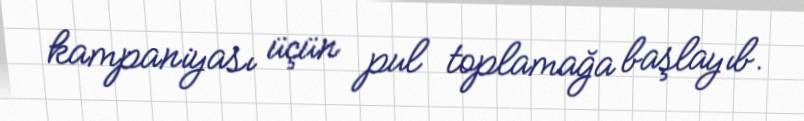
kampaniyası üçün pul toplamağa başlayıb.